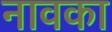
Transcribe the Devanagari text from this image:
नावका